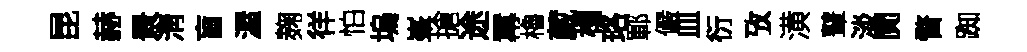
昆赫景淸盲渥麹徉怕塢峯搶途羃櫓葳榻珞鄆儼皿衍攷潢鼙淡閴瞀踟